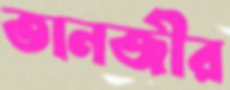
তানজীর